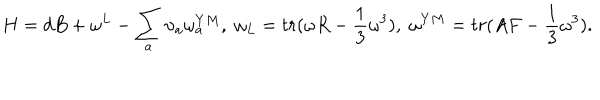
H = d B + \omega ^ { L } - \sum _ { a } { \upsilon } _ { a } \omega _ { a } ^ { Y M } , \; \omega _ { L } = t r ( \omega R - \frac { 1 } { 3 } \omega ^ { 3 } ) , \; \omega ^ { Y M } = t r ( A F - \frac { 1 } { 3 } \omega ^ { 3 } ) .